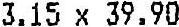
3.15 X 39.90